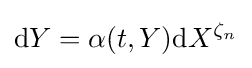
\mathrm {d} Y=\alpha (t,Y)\mathrm {d} X^{\zeta _{n}}